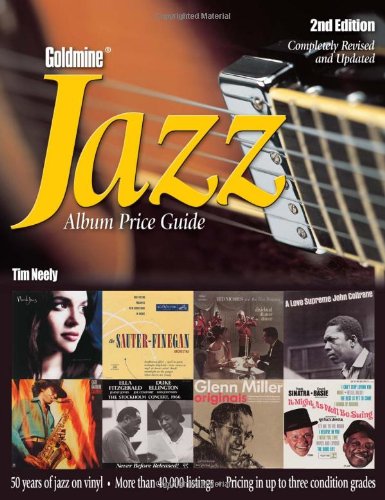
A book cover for Goldmine Jazz Album Price Guide, 2nd Edition; Tim Neely; Crafts, Hobbies & Home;